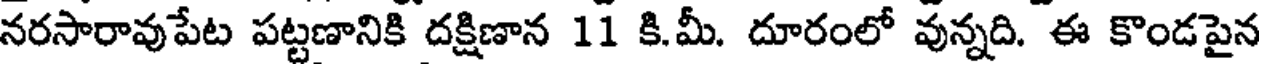
నరసారావుపేట పట్టణానికి దక్షిణాన 11 కి.మీ. దూరంలో వున్నది. ఈ కొండపైన